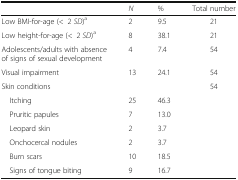
|  | N | % | Total number |
 | --- | --- | --- | --- |
 | Low BMI-for-age (<2 SD)a | 2 | 9.5 | 21 |
 | Low height-for-age (<2 SD)a | 8 | 38.1 | 21 |
 | Adolescents/adults with absence of signs of sexual development | 4 | 7.4 | 54 |
 | Visual impairment | 13 | 24.1 | 54 |
 | Skin conditions |  |  | 54 |
 | Itching | 25 | 46.3 |  |
 | Pruritic papules | 7 | 13.0 |  |
 | Leopard skin | 2 | 3.7 |  |
 | Onchocercal nodules | 2 | 3.7 |  |
 | Burn scars | 10 | 18.5 |  |
 | Signs of tongue biting | 9 | 16.7 |  |